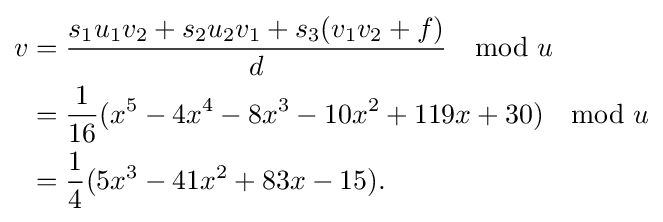
{\begin{aligned}v&={\frac {s_{1}u_{1}v_{2}+s_{2}u_{2}v_{1}+s_{3}(v_{1}v_{2}+f)}{d}}\mod u\\&={\frac {1}{16}}(x^{5}-4x^{4}-8x^{3}-10x^{2}+119x+30)\mod u\\&={\frac {1}{4}}(5x^{3}-41x^{2}+83x-15).\end{aligned}}